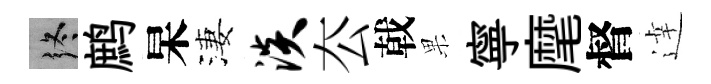
终鹧杲淒淡厺戟果寧麾督逹